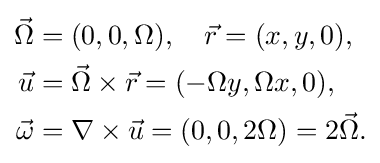
{\begin{aligned}{\vec {\Omega }}&=(0,0,\Omega ),\quad {\vec {r}}=(x,y,0),\\{\vec {u}}&={\vec {\Omega }}\times {\vec {r}}=(-\Omega y,\Omega x,0),\\{\vec {\omega }}&=\nabla \times {\vec {u}}=(0,0,2\Omega )=2{\vec {\Omega }}.\end{aligned}}